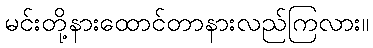
မင်းတို့နားထောင်တာနားလည်ကြလား။